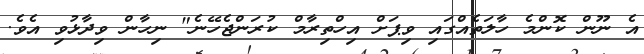
އެ ނޫން ކޮންމެ ހާލަތެއްގައި ވިޕަށް އިހްތިރާމް ކުރަންޖެހޭނެ" ނިހާން ވިދާޅުވި އެވެ.